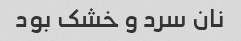
نان سرد و خشک بود